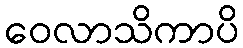
ဝေလာသိကာပိ